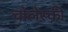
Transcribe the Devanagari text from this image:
चोलेस्की